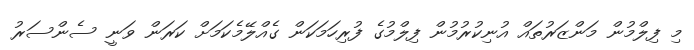
މި ފިލްމުން މަންޒަރުތައް އުނިކުރުމުން ފިލްމުގެ ފުރިހަމަކަން ގެއްލޭމެކަމަށް ކަރަން ވަނީ ސެންސަރު